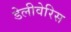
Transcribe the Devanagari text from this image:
डेलीवेरिस